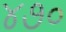
૪૭૦